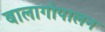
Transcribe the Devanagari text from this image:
बालागोपालन